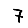
Digit: 7